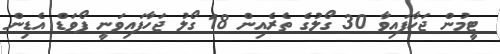
ޓީމުން ޖަހާފައިވާ 30 ގޯލުގެ ތެރެއިން 18 ގޯލު ޖަހާފައިވަނީ ފޯވަޑް އެޑިން